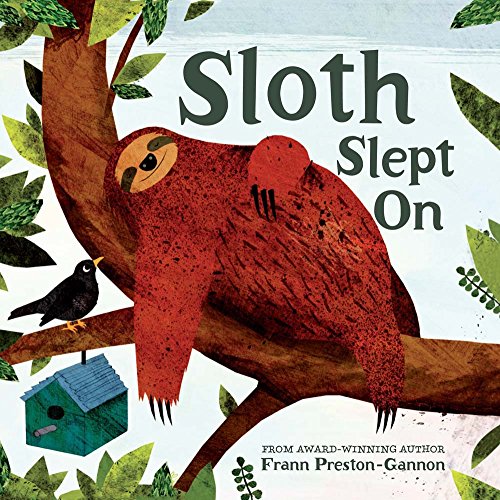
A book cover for Sloth Slept On; Frann Preston-Gannon; Children's Books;